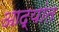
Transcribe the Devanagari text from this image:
आद्यांत